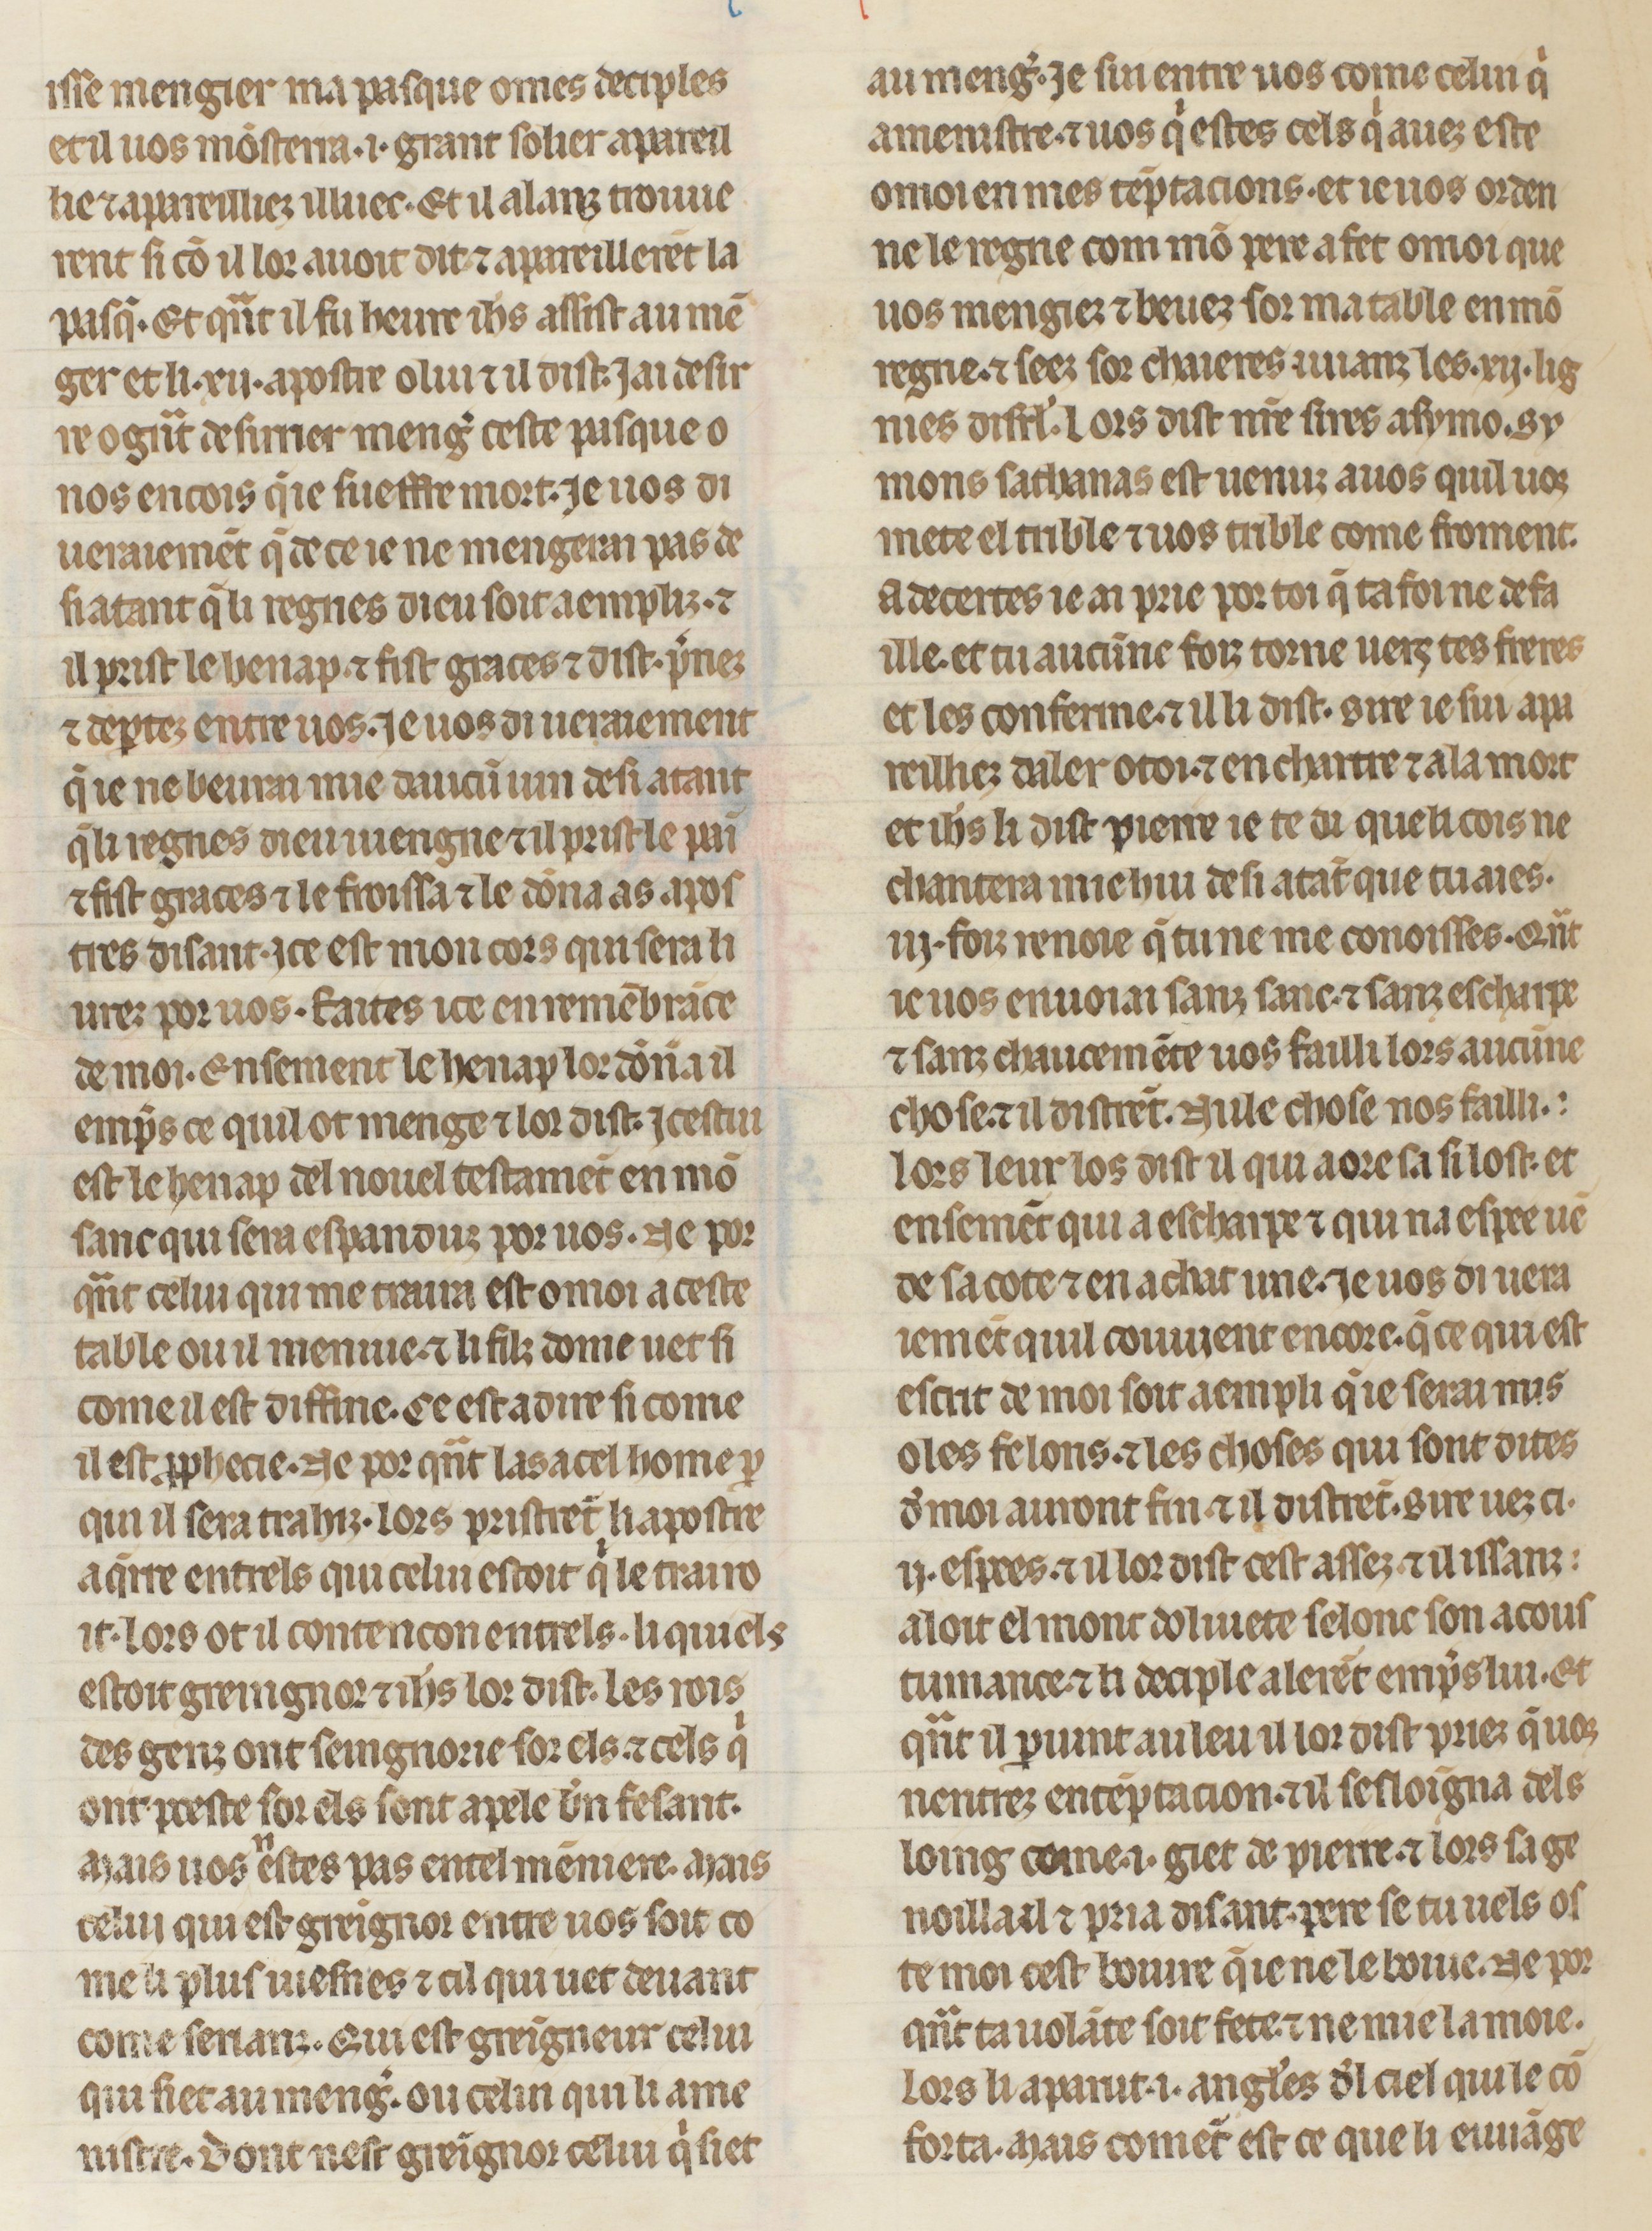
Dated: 1260–1269